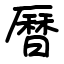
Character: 曆